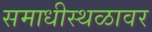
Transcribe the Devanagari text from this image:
समाधीस्थळावर